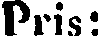
Pris: